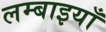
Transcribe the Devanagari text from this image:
लम्बाइयाँ